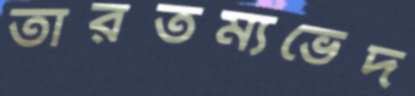
তারতম্যভেদ